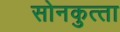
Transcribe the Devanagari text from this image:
सोनकुत्‍ता